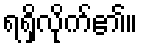
ရရှိလိုက်၏။